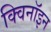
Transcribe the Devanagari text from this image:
क्विनॉइन